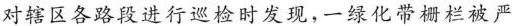
对辖区各路段进行巡检时发现，一绿化带栅栏被严